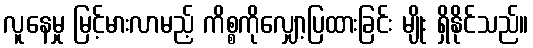
လူနေမှု မြင့်မားလာမည့် ကိစ္စကိုလျှော့ပြထားခြင်း မျိုး ရှိနိုင်သည်။